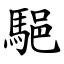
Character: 䣖